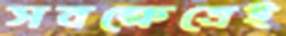
সবক্ষেত্রেই